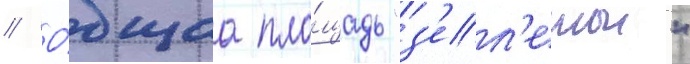
// О́бщаа пло́щадь "з'ел'енои"